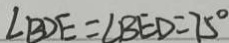
\angle B D E = \angle B E D = 7 5 ^ { \circ }